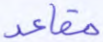
مقاعد